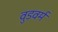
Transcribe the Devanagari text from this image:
वुडवर्म